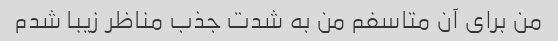
من برای آن متاسفم من به شدت جذب مناظر زیبا شدم